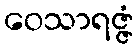
ဝေသာရဇ္ဇံ